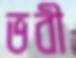
ভবী